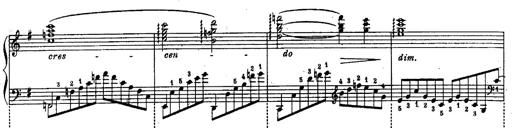
Title: Schubert's Impromptus [revised and edited by Franz Liszt]
Composer: Franz Liszt